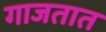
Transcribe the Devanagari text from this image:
गाजतात